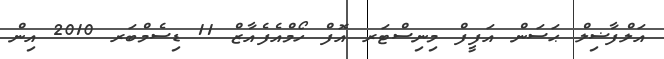
އަލްފާޟިލް ޙަސަން އަފީފް މިނިސްޓަރ އޮފް ހޯމްއެފެއާޒް 11 ޑިސެމްބަރ 2010 އިން